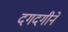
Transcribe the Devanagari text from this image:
दगदगीने